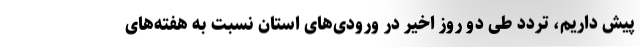
پیش داریم، تردد طی دو روز اخیر در ورودی‌های استان نسبت به هفته‌های